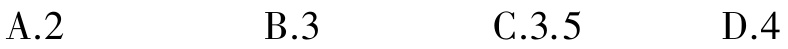
A.2 \qquad B.3 \qquad C.3.5 \qquad D.4